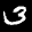
Label: 3